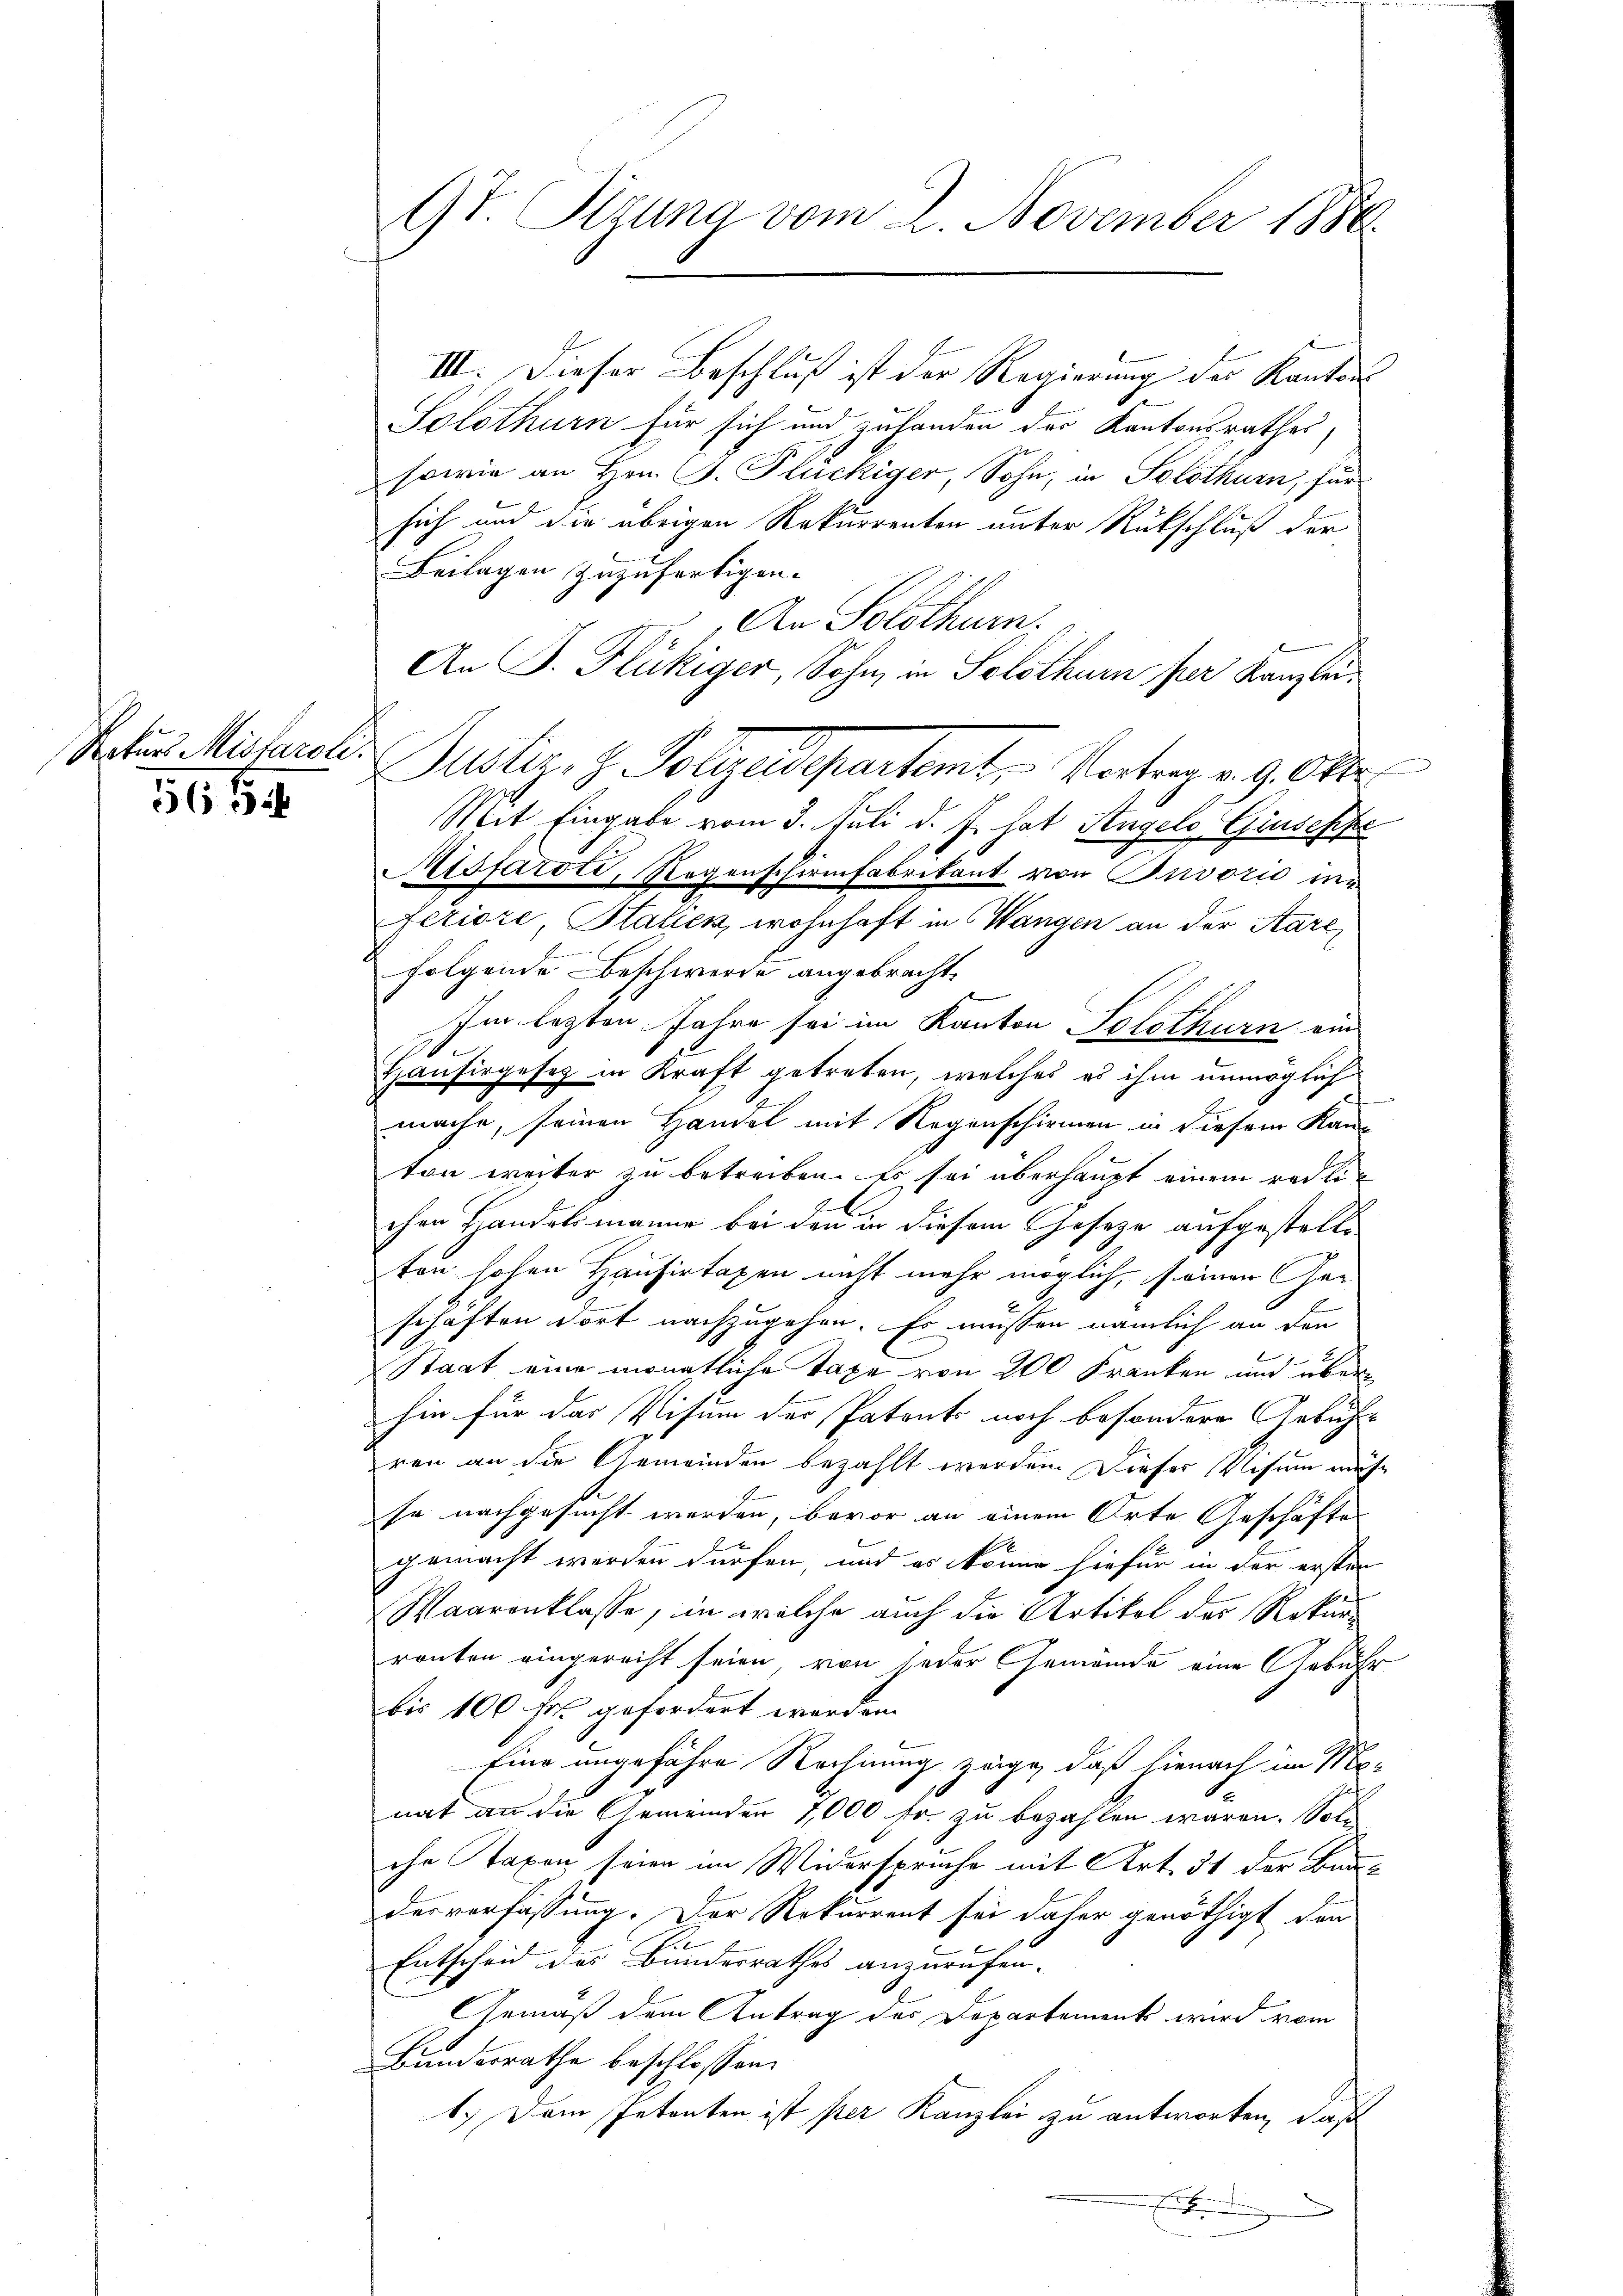
Natur Missaroli

565

9t. Rizung vom 2. November 1880

III. Dieser Beschluß ist der Regierung der Kanton
d
Solothurn für sich und zuhanden der Kantonsrathes
sowie an Hrn. J. Plückiger, Sohn, in Solothurn, für
sich und die übrigen Rekurrenten unter Rückschluß der
Beilagen zuzufertigen.
An Solothurn.
An J. Flückiger, Sohn, in Solothurn per Kanzlei
Mit Eingabe vom 3. Juli d. J. hat Angelo Giuseppe
Atsfaroti, Regenschirmfabrikant von Puvozić nir
feriore, Stahen, wohnhaft in Wangen an der Aarefolgende Beschwerde angebracht,
Im lezten Jahre sei im Kanton Solothurn ein
Haufirgesetz in Kraft getreten, welches es ihm unmöglich
mache, seinen Handel mit Regenschirmen in diesem Kanton weiter zu betreiben. Es sei überhaupt einem redlis
chen Handelsmanne bei den in diesem Geseze aufgestelle
ton hohen Hausirtaxen nicht mehr möglich, seinen Ge¬
2
schaften dort nachzugehen. Es müssen nämlich an den
Staat eine monatliche Taxe von 200 Franken und über
hin für das Visum der Patents noch besondere Gebühre
ren an die Gemeinden bezahlt werden. Dieser Wesen müs
se nachgesucht werden, bevor an einem Orte Geschäftes
gemacht werden dürfen, und es könne hiefür in der ersten
Waarenklasse, in welche auch die Artikel des Rekurronten eingerecht seien, von jeder Gemeinde eine Gebühr
bis 100 fr. gefordert werden.
Eine angeführe Rechnung zeige, daß hienach im Monat an die Gemeinden 1000 fr. zu bezahlen waren. Sol
che Taxen seien im Widerspruche mit Art. 51 der Baue
derverfassung. Der Rekurrent sei daher genöthigt den
Entscheid des Bundesrathes anzurufen.
Gemäß dem Antrag des Departement wird vom
Bundesrathe beschlossen:
1.) Dem Petenten ist per Kanzlei zu antworten, daß
F

Puster, z. Polizeidepartamt Vortrag v. 9. Okt